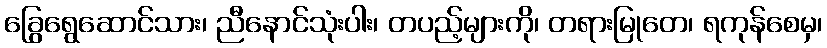
ခြွေရွေဆောင်သား၊ ညီနောင်သုံးပါး၊ တပည့်များကို၊ တရားမြုတေ၊ ရကုန်စေမှ၊